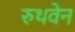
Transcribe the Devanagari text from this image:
रुथवेन